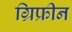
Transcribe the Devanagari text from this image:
ग्रिफ्रीन